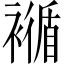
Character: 𧝩